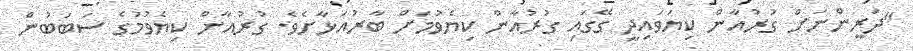
"ދަރީންނަށް ގުރުއާން ކިޔަވައިދީ ގޭގައި ގުރުއާން ކިޔެވުމަށް ބާރުއަޅާށެވެ. ގުރުއާން ކިޔެވުމުގެ ސަބަބުން